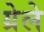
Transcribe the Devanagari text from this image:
ग्रेले